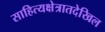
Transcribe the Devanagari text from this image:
साहित्यक्षेत्रातदेखिल